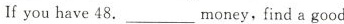
If you have 48.money___，find a good